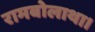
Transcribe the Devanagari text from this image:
रामबोलाथा।